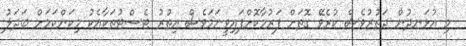
މި އުޅަނދުން ދަތުރުވެސް ކުރެވޭ ގޮތަށް ފަރުމާކޮށްފައިވީނަމަވެސް އިތުރު ޓެސްޓުތަކާއެކު މިކަންކަމަށް ބަދަލު